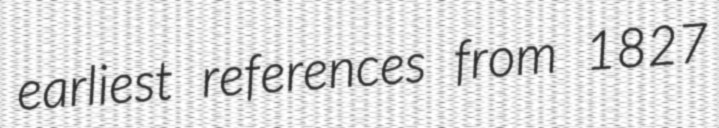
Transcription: earliest references from 1827